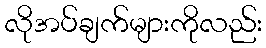
လိုအပ်ချက်များကိုလည်း